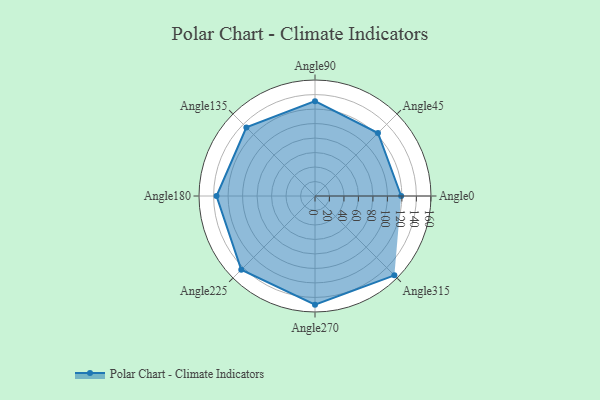
{"axis": {"x": "Angle", "y": "Radius"}, "legend": [""], "data": [{"x": "Angle0", "y": 119.0, "type": ""}, {"x": "Angle45", "y": 123.0, "type": ""}, {"x": "Angle90", "y": 131.0, "type": ""}, {"x": "Angle135", "y": 134.0, "type": ""}, {"x": "Angle180", "y": 136.0, "type": ""}, {"x": "Angle225", "y": 144.0, "type": ""}, {"x": "Angle270", "y": 150.0, "type": ""}, {"x": "Angle315", "y": 155.0, "type": ""}]}